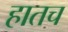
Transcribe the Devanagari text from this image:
हातच